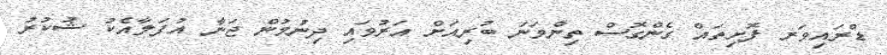
ޑްރައިވަރ ފޮށިތައް ގެންގޮސް ތިންވަނަ ބުރިއަށް އަރުވައި ދިނުމުން ޖަނާ އުފަލާއެކު ޝުކުރު